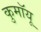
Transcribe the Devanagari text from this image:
कुमॉयू